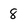
Character: 8